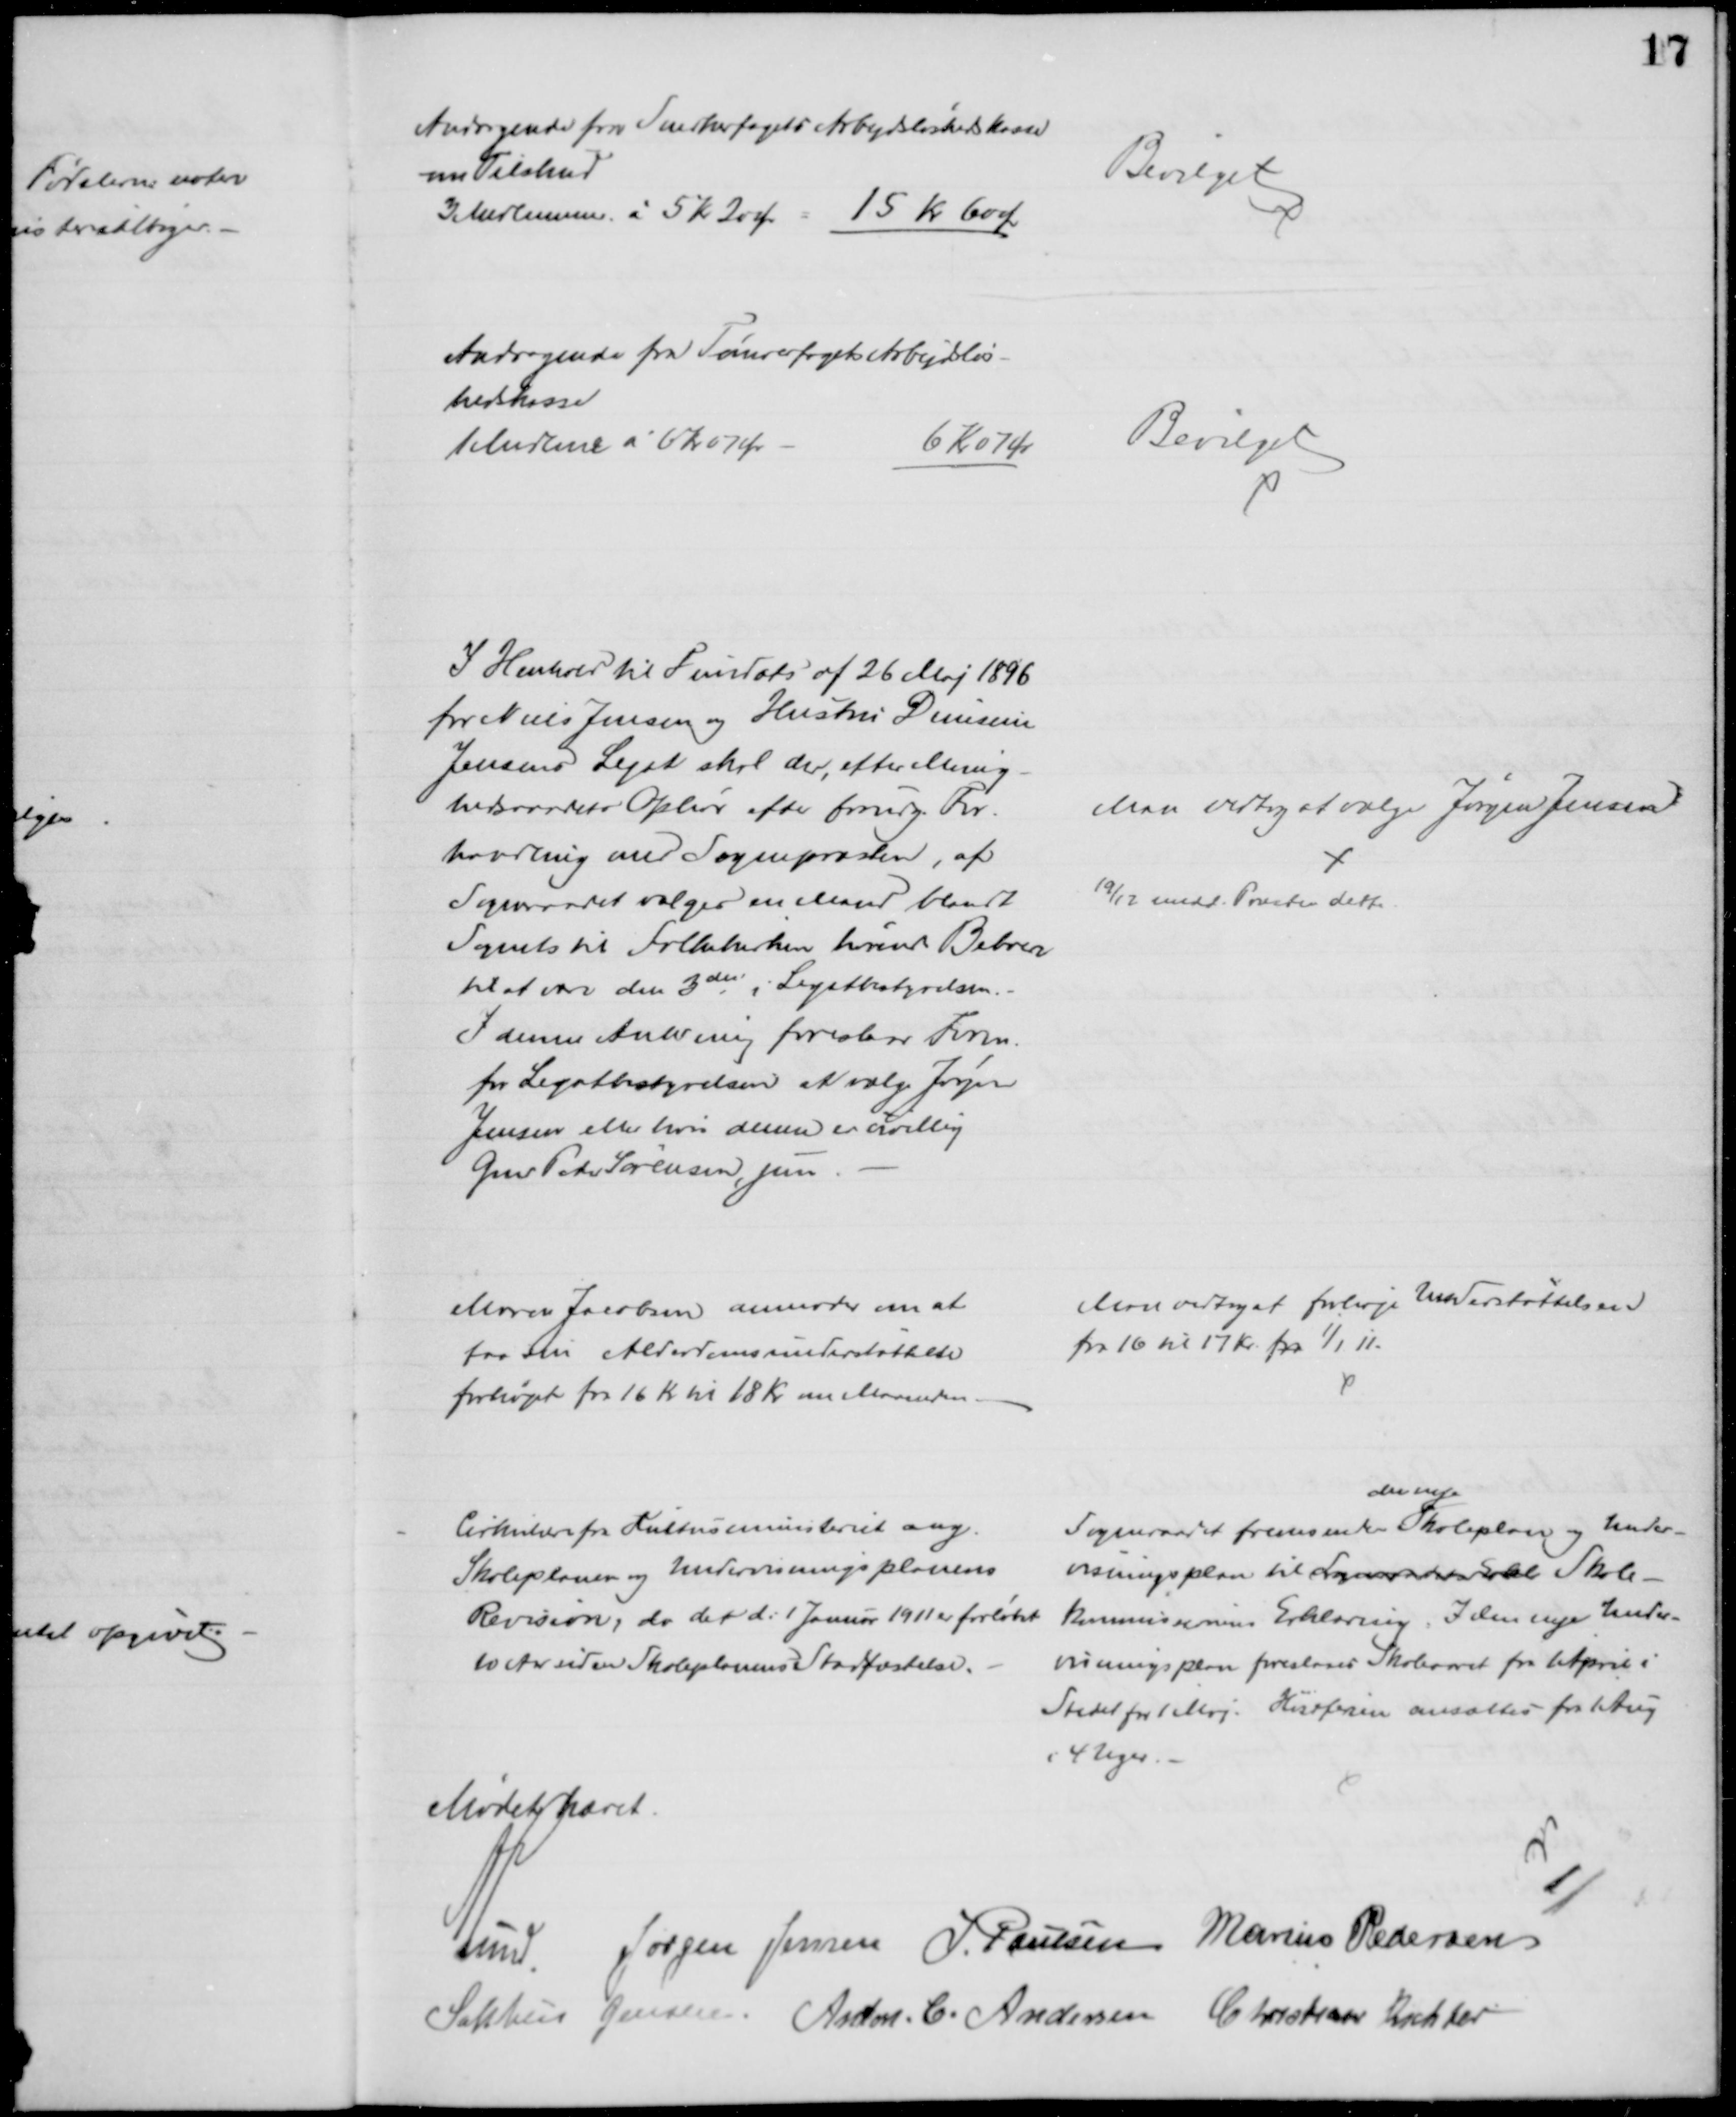
Transskription:
Andragende fra Snedkerfagets Arbejdsløshedskasse
om Tilskud
3 Medlemmer á 5 Kr 20 Ør = 15 Kr 60 Ø
Bevilget
Andragende fra Tømrerfagets Arbejdsløs-
hedskasse
1 Medlem á 6 kr 07 Ør
6 Kr 07 Ør
Bevilget
I Henhold til Fundats af 26 Maj 1896
for Niels Jensen og Hustru Dinesine
Jensens Legat skal der, efter Menig-
hedsraadets Ophør efter forudg. For-
handling med Sognepræsten, af
Sogneraadet vælges en Mand blandt
Sognets til Folkekirken hørende Beboere
til at være den 3die i Legatbestyrelsen.
I denne Anledning foreslaar Form.
for Legatbestyrelsen at vælge Jørgen
Jensen eller hvis denne er uvillig
Gmd Peder Sørensen, jun.
Man vedtog at vælge Jørgen Jensen
19/12 medd. Præsten dette.
Murer Jacobsen anmoder om at
faa sin Alderdomsunderstøttelse
forhøjet fra 16 Kr til 18 Kr. om Maaneden
Man vedtog at forhøje Understøttelsen
fra 16 til 17 Kr. fra 1/1 11.
Cirkulære fra Kulturministeriet ang. 
Skoleplanen og Undervisningsplanens
Revision, da der d: 1 Januar 1911 er forløbet
10 Aar siden Skoleplanens Stadfæstelse.
Sogneraadet fremsender 
den nye
Skoleplan og Under-
visningsplan til Sogneraadet Skole Skole-
kommissionens Erklæring. I den nye Under-
visningsplan foreslaaes Skoleaaret fra 1 April i
Stedet for 1 Maj. Høstferien ansættes fra 1 Aug
i 4 Uger.
Mødet hævet.
A. Lund. 
Jørgen Jensen J. Poulsen Marius Pedersen
Sophus Jensen Anton. C. Andersen Christian Richter